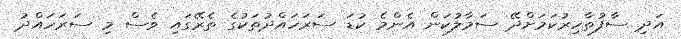
އަދި ސާފުތާހިރުކަމަށްދޭ ސަމާލުކަން އެންމެ ކުޑަ ސަރަހައްދުތަކުގެ ތެރޭގައި ވެސް މި ސަރަހައްދު